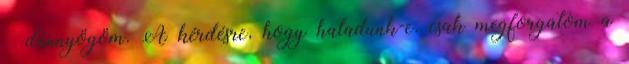
– dünnyögöm. A kérdésre, hogy haladunk-e, csak megforgatom a